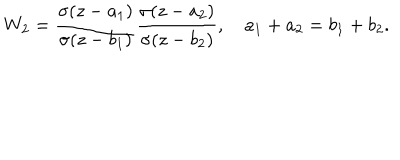
W _ { 2 } = \frac { \sigma ( z - a _ { 1 } ) } { \sigma ( z - b _ { 1 } ) } \frac { \sigma ( z - a _ { 2 } ) } { \sigma ( z - b _ { 2 } ) } , \quad a _ { 1 } + a _ { 2 } = b _ { 1 } + b _ { 2 } .